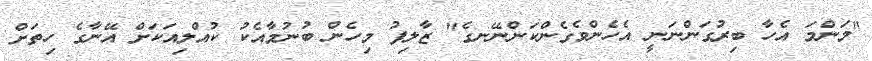
"މަންމަ އެހާ ބިރުގަންނަނީ އެހެންވެގެންކަންނޭނގެ" ޒާލިފު މިހެން ބުނުމާއެކު ކުއްލިއަކަށް އޭނާގެ ހިތަށް